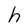
Character: h